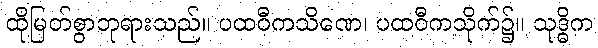
ထိုမြတ်စွာဘုရားသည်။ ပထဝီကသိဏေ၊ ပထဝီကသိုက်၌။ သုဒ္ဓိက